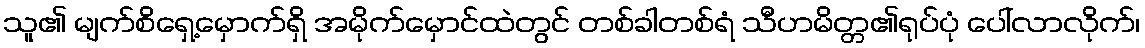
သူ၏ မျက်စိရှေ့မှောက်ရှိ အမိုက်မှောင်ထဲတွင် တစ်ခါတစ်ရံ သီဟမိတ္တ၏ရုပ်ပုံ ပေါ်လာလိုက်၊